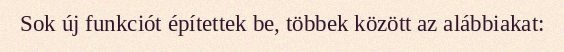
Sok új funkciót építettek be, többek között az alábbiakat: